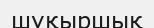
шұқыршық